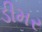
ડીમર